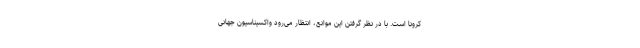
کرونا است. با در نظر گرفتن این موانع، انتظار می‌رود واکسیناسیون جهانی